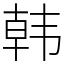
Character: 韩